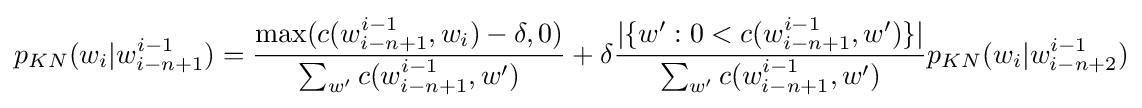
p_{KN}(w_{i}|w_{i-n+1}^{i-1})={\frac {\max(c(w_{i-n+1}^{i-1},w_{i})-\delta ,0)}{\sum _{w'}c(w_{i-n+1}^{i-1},w')}}+\delta {\frac {|\{w':0<c(w_{i-n+1}^{i-1},w')\}|}{\sum _{w'}c(w_{i-n+1}^{i-1},w')}}p_{KN}(w_{i}|w_{i-n+2}^{i-1})